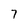
Character: 7